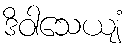
ဒိဝါသေယျံ